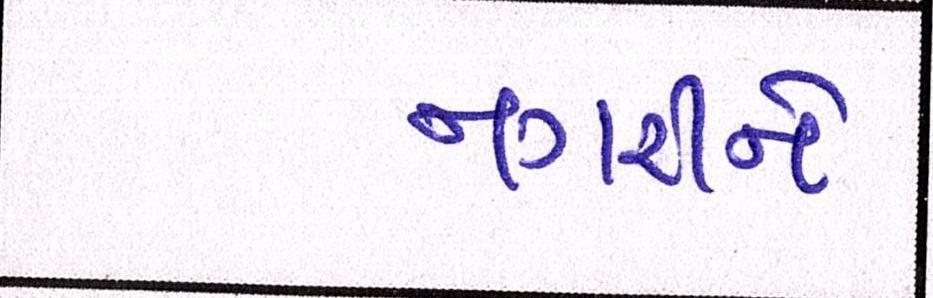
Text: નગરીને